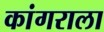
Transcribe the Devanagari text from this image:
कांगराला